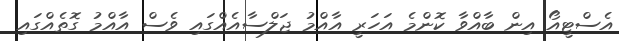
އެސްޓީއޯ އިން ބާއްވާ ކޮންމެ އަހަރީ އާއްމު ޖަލްސާއެއްގައި ވެސް އާއްމު ގޮތެއްގައި